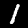
Digit: 1